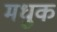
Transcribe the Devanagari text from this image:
मधुक